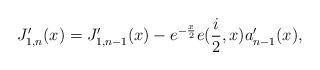
LaTeX: \begin{align*}J_{1,n}^{\prime}(x)=J_{1,n-1}^{\prime}(x)-e^{-\frac{x}{2}}e(\frac{i}{2},x)a_{n-1}^{\prime}(x), \end{align*}